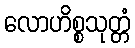
လောဟိစ္စသုတ္တံ